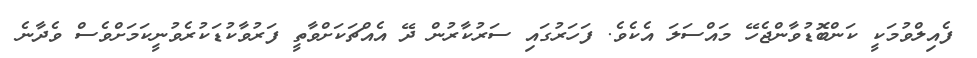
ފެއިލްވުމަކީ ކަންބޮޑުވާންޖެހޭ މައްސަލަ އެކެވެ. ފަހަރުގައި ސަރުކާރުން ދޭ އެއްޗަކަށްވާތީ ފަރުވާކުޑަކުރެވުނީކަމަށްވެސް ވެދާނެ